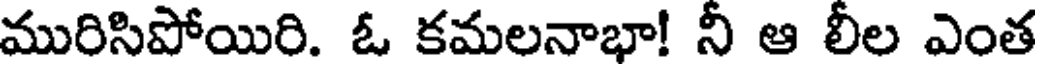
మురిసిపోయిరి. ఓ కమలనాభా! నీ ఆ లీల ఎంత